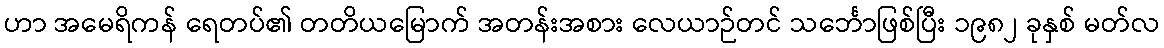
ဟာ အမေရိကန် ရေတပ်၏ တတိယမြောက် အတန်းအစား လေယာဉ်တင် သင်္ဘောဖြစ်ပြီး ၁၉၈၂ ခုနှစ် မတ်လ